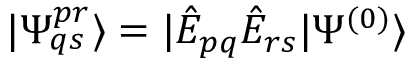
| \Psi _ { q s } ^ { p r } \rangle = | \hat { E } _ { p q } \hat { E } _ { r s } | \Psi ^ { ( 0 ) } \rangle